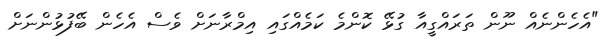
"އެހެންނެއް ނޫން ތަރައްގީއާ ގުޅޭ ކޮންމެ ކަމެއްގައި އިމްރާނަަށް ވެސް އެހެން ބޭފުޅުންނަށް